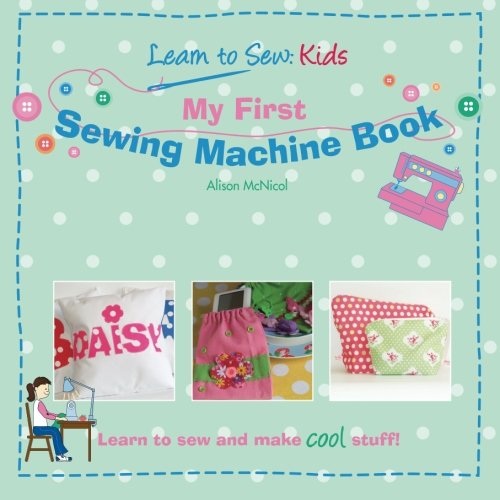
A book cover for My First Sewing Machine Book: Learn To Sew: Kids; Alison McNicol; Crafts, Hobbies & Home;